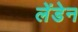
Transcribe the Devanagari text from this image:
लेंडेन